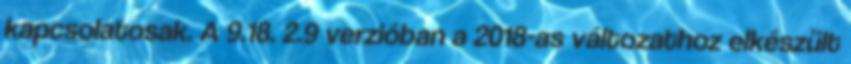
kapcsolatosak. A 9.18. 2.9 verzióban a 2018-as változathoz elkészült